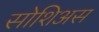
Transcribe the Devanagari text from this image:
सोशिअस